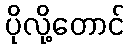
ပိုလို့တောင်